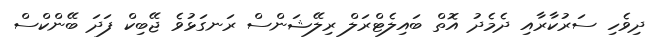
ދިވެހި ސަރުކާރާއި ދެމެދު އޮތް ބައިލެޓްރަލް ރިލޭޝަންސް ރަނގަޅުވެ ޖޭބިކް ފަދަ ބޭންކްސް